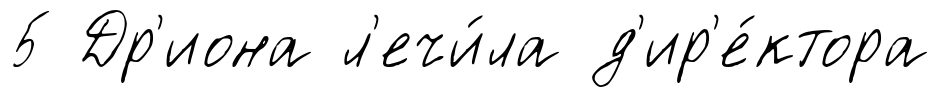
5 Др'иона л'ечи́ла д'ир'е́ктора